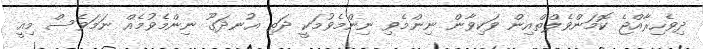
ދިވެހިރާއްޖެ ކޮމަންވެލްތްއިން ވަކިވާން ނިންމެވި ނިންމެވުމަކީ ދަތި އުނދަގޫ ނިންމެވުމެއް ނަމަވެސް މިއީ